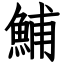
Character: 鯆